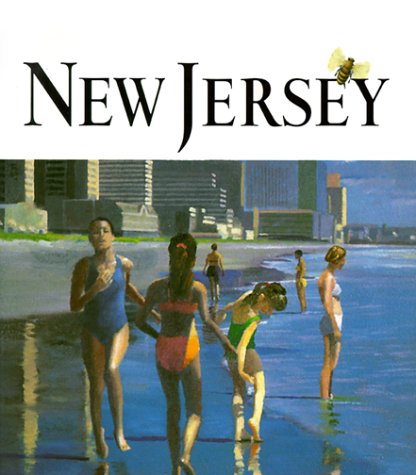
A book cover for Art of the State: New Jersey; John Gilman; Travel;